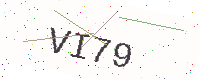
Text: VI79